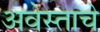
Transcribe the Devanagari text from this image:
अवेस्ताचे